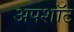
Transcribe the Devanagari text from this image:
अपशॉट